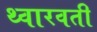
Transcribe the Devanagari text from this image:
थ्वारवती